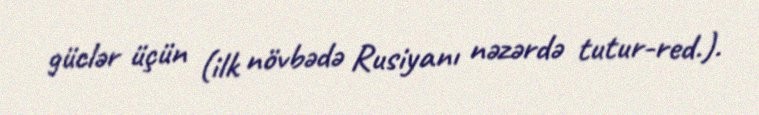
güclər üçün (ilk növbədə Rusiyanı nəzərdə tutur-red.).